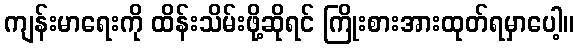
ကျန်းမာရေးကို ထိန်းသိမ်းဖို့ဆိုရင် ကြိုးစားအားထုတ်ရမှာပေါ့။